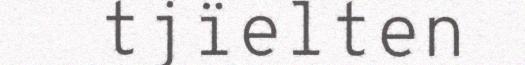
tjïelten